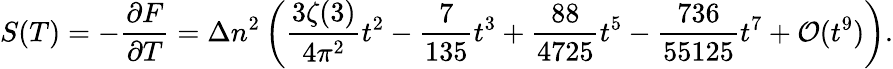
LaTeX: S(T)=-\frac{\partial F}{\partial T}=\Delta n^{2}\left(\frac{3\zeta(3)}{4\pi^{2}}t^{2}-\frac{7}{135}t^{3}+\frac{88}{4725}t^{5}-\frac{736}{55125}t^{7}+{\cal O}(t^{9})\right){.}